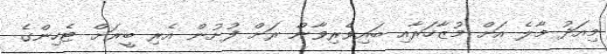
މިއަދު މާލެ އަށް މުޒާހަރާއި ބައިވެރިވާން ރަށް ފުށުން އެރި ބީރަށް ޓެހިންގެ